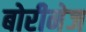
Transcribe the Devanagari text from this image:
बोरीनेज